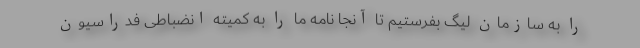
را به سازمان لیگ بفرستیم تا آنجا نامه ما را به کمیته انضباطی فدراسیون